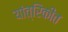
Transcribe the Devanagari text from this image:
यांत्रिकीत